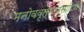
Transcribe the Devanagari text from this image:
मनोववृत्तानुसारिणीम्